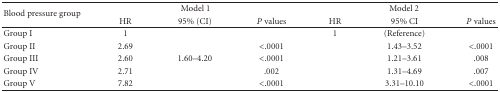
<table><thead><tr><td rowspan="2"><b>Blood pressure group</b></td><td colspan="3"><b>Model 1</b></td><td colspan="3"><b>Model 2</b></td></tr><tr><td><b>HR</b></td><td><b>95% (CI)</b></td><td><b><i>P</i> values</b></td><td><b>HR</b></td><td><b>95% CI</b></td><td><b><i>P</i> values</b></td></tr></thead><tbody><tr><td>Group I</td><td>1</td><td>[EMPTY_CELL]</td><td>[EMPTY_CELL]</td><td>1</td><td>(Reference)</td><td>[EMPTY_CELL]</td></tr><tr><td>Group II</td><td>2.69</td><td>[EMPTY_CELL]</td><td>&lt;.0001</td><td>[EMPTY_CELL]</td><td>1.43–3.52</td><td>&lt;.0001</td></tr><tr><td>Group III</td><td>2.60</td><td>1.60–4.20</td><td>&lt;.0001</td><td>[EMPTY_CELL]</td><td>1.21–3.61</td><td>.008</td></tr><tr><td>Group IV</td><td>2.71</td><td>[EMPTY_CELL]</td><td>.002</td><td>[EMPTY_CELL]</td><td>1.31–4.69</td><td>.007</td></tr><tr><td>Group V</td><td>7.82</td><td>[EMPTY_CELL]</td><td>&lt;.0001</td><td>[EMPTY_CELL]</td><td>3.31–10.10</td><td>&lt;.0001</td></tr></tbody></table>